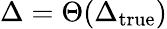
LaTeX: \Delta=\Theta(\Delta_{\mathrm{true}})